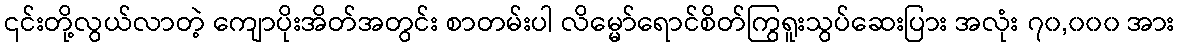
၎င်းတို့လွယ်လာတဲ့ ကျောပိုးအိတ်အတွင်း စာတမ်းပါ လိမ္မော်ရောင်စိတ်ကြွရူးသွပ်ဆေးပြား အလုံး ၇၀,၀၀၀ အား